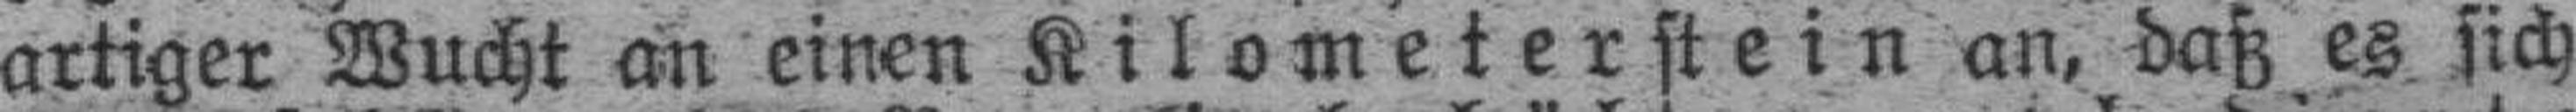
artiger Wucht an einen Kilometerstein an, daß es sich